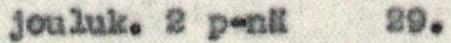
jouluk. 2 p-nä  29.